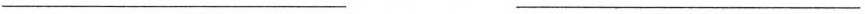
___ ___